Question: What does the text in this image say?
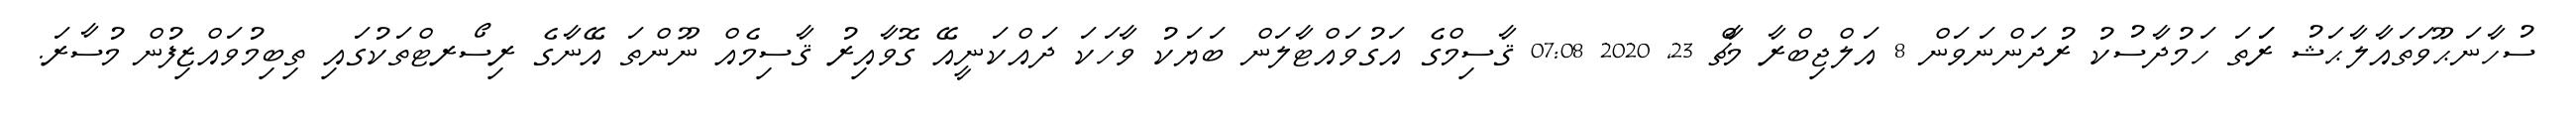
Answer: ސުހާނަޙޫވަތައާލާޙަޝު ރަަތަ ހަމުދާސުކު ރުދަންނަވަން 8 އަލްޖިބްރާ މާޗް 23, 2020 07:08 ޤާސިމްގެ އަގުވައްޓާލަން ބަޔަކު ވާހަކަ ދައްކަނީއޭ ގޮވާއިރު ޤާސިމެއް ނޫންތަ އޭނާގެ ރިސޯރޓްތަކުގައި ތިބިމުވައްޒިފުން މުސާރަ.